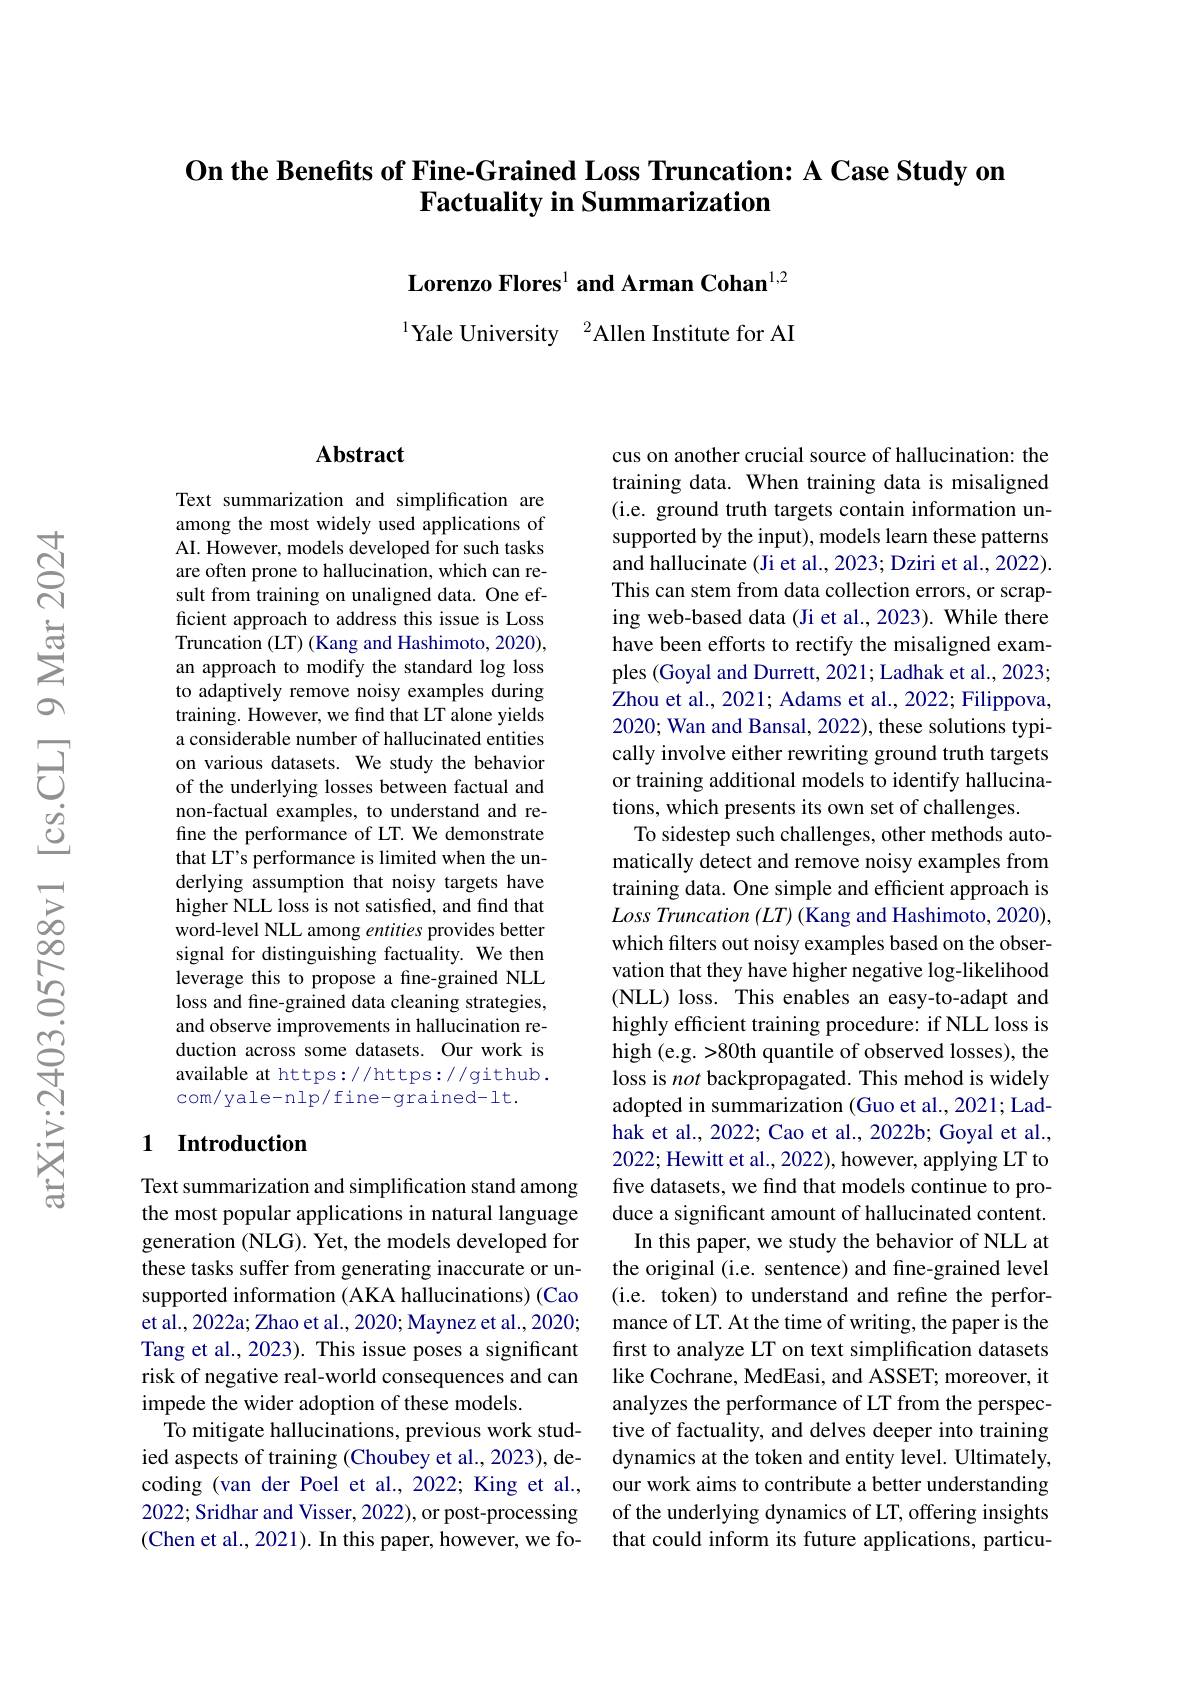
# On the Benefits of Fine-Grained Loss Truncation: A Case Study on Factuality in Summarization

Lorenzo Flores$^{1}$ and Arman Cohan$^{1,2}$ $^{1}$Yale University$^{2}$Allen Institute for AI

## Abstract

Text summarization and simplification are among the most widely used applications of AI. However, models developed for such tasks are often prone to hallucination, which can result from training on unaligned data. One efficient approach to address this issue is Loss Truncation (LT) (Kang and Hashimoto, 2020), an approach to modify the standard log loss to adaptively remove noisy examples during training. However, we find that LT alone yields a considerable number of hallucinated entities on various datasets. We study the behavior of the underlying losses between factual and non-factual examples, to understand and refine the performance of LT. We demonstrate that LT's performance is limited when the underlying assumption that noisy targets have higher NLL loss is not satisfied, and find that word-level NLL among entities provides better signal for distinguishing factuality. We then leverage this to propose a fine-grained NLL loss and fine-grained data cleaning strategies, and observe improvements in hallucination reduction across some datasets. Our work is available at https://https://github. com/yale-nlp/fine-grained-lt.

### 1 Introduction

Text summarization and simplification stand among the most popular applications in natural language generation (NLG). Yet, the models developed for these tasks suffer from generating inaccurate or unsupported information (AKA hallucinations) (Cao et al., 2022a; Zhao et al., 2020; Maynez et al., 2020; Tang et al., 2023). This issue poses a significant risk of negative real-world consequences and can impede the wider adoption of these models.
To mitigate hallucinations, previous work studied aspects of training (Choubey et al., 2023), decoding (van der Poel et al.,2022; King et al., 2022; Sridhar and Visser, 2022), or post-processing (Chen et al., 2021). In this paper, however, we fo-

cus on another crucial source of hallucination: the training data. When training data is misaligned (i.e. ground truth targets contain information unsupported by the input), models learn these patterns and hallucinate (Ji et al., 2023; Dziri et al., 2022). This can stem from data collection errors, or scraping web-based data (Ji et al., 2023). While there have been efforts to rectify the misaligned examples (Goyal and Durrett, 2021; Ladhak et al., 2023; Zhou et al., 2021; Adams et al., 2022; Filippova, 2020; Wan and Bansal, 2022), these solutions typically involve either rewriting ground truth targets or training additional models to identify hallucinations, which presents its own set of challenges.
To sidestep such challenges, other methods automatically detect and remove noisy examples from training data. One simple and efficient approach is $Loss\textit{ Truncation }( LT) \bar{\text{( Kang and Hashimoto, 2020) , }}$ which filters out noisy examples based on the observation that they have higher negative log-likelihood (NLL) loss. This enables an easy-to-adapt and highly efficient training procedure: if NLL loss is high (e.g. >80th quantile of observed losses), the loss is not backpropagated. This mehod is widely adopted in summarization (Guo et al., 2021; Ladhak et al., 2022; Cao et al., 2022b; Goyal et al., 2022; Hewitt et al., 2022), however, applying LT to five datasets, we find that models continue to produce a significant amount of hallucinated content. In this paper, we study the behavior of NLL at the original (i.e. sentence) and fine-grained level (i.e. token) to understand and refine the performance of LT. At the time of writing, the paper is the first to analyze LT on text simplification datasets like Cochrane, MedEasi, and ASSET; moreover, it analyzes the performance of LT from the perspective of factuality, and delves deeper into training dynamics at the token and entity level. Ultimately our work aims to contribute a better understanding of the underlying dynamics of LT, offering insights that could inform its future applications, particu-